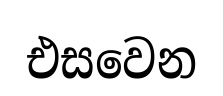
එසවෙන